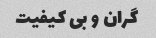
گران و بی کیفیت